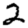
Digit: 2